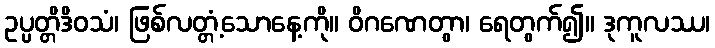
ဥပ္ပတ္တိဒိဝသံ၊ ဖြစ်လတ္တံ့သောနေ့ကို။ ဝိဂဏေတွာ၊ ရေတွက်၍။ ဒုကူလဿ၊